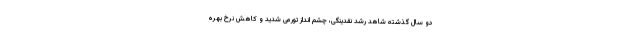
دو سال گذشته شاهد رشد نقدینگی، چشم انداز تورمی شدید و کاهش نرخ بهره